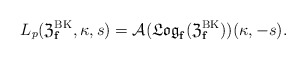
\begin{align*}L_p(\frak{Z}^{\textup{BK}}_{\mathbf{f}},\kappa,s)=\mathcal A(\frak{Log}_{\mathbf{f}}(\frak{Z}^{\textup{BK}}_{\mathbf{f}}))(\kappa,-s).\end{align*}